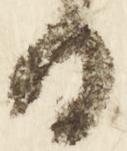
日